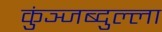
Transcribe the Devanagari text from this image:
कुंञ्जब्दुल्ला